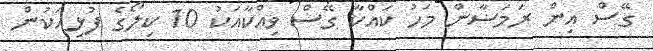
ގޭސް އިން ރަމަޟާން މަހު ކައްކާ ގޭސް ވިއްކާއަކު 10 ކިލޯގެ ފުޅިއަކުން